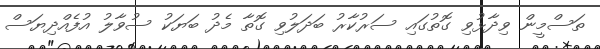
ތަސްމީން ވިދާޅުވި ގޮތުގައި ސަރުކާރު ބަދަލުވި ގޮތާ މެދު ބަޔަކު ސުވާލު އުފެއްދިޔަސް